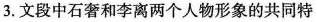
3.文段中石奢和李离两个人物形象的共同特